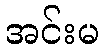
အင်းမ